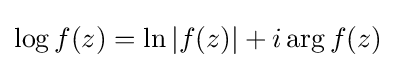
\log f(z)=\ln |f(z)|+i\arg f(z)